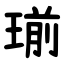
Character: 瑐